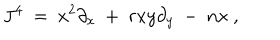
J ^ { 4 } \ = \ x ^ { 2 } \partial _ { x } \ + \ r x y \partial _ { y } \ - \ n x \ ,